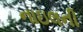
નાઇલની